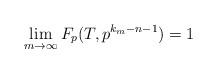
LaTeX: \begin{align*}&\lim_{m \to\infty} F_p(T,p^{k_m-n-1})=1\end{align*}